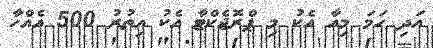
އަދި ހަމަ މިއާ އެކު މި ޕްރޮޖެކްޓާ އެކު އިތުރު 500 އެއްހާ